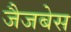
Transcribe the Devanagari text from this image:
जैजबेस